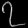
Digit: ၇